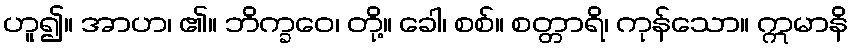
ဟူ၍။ အာဟ၊ ၏။ ဘိက္ခဝေ၊ တို့။ ခေါ၊ စစ်။ စတ္တာရိ၊ ကုန်သော။ ဣမာနိ